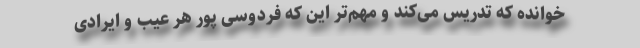
خوانده که تدریس می‌کند و مهم‌تر این که فردوسی پور هر عیب و ایرادی